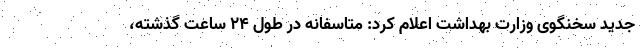
جدید سخنگوی وزارت بهداشت اعلام کرد: متاسفانه در طول ۲۴ ساعت گذشته،